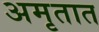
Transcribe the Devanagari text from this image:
अमृतात